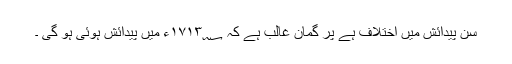
سنِ پیدائش میں اختلاف ہے پر گمانِ غالب ہے کہ ۱۷۱۳؁ء میں پیدائش ہوئی ہو گی ۔